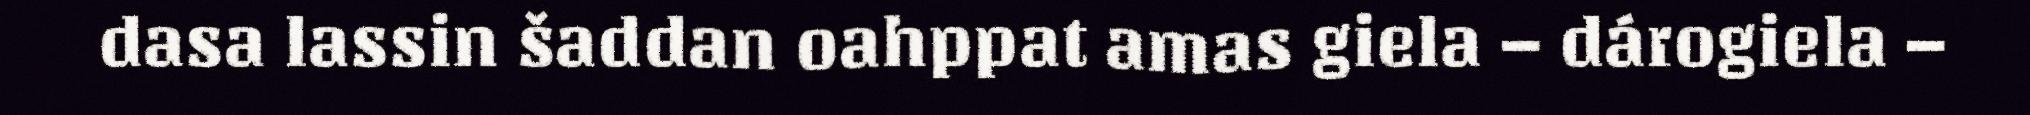
dasa lassin šaddan oahppat amas giela – dárogiela –